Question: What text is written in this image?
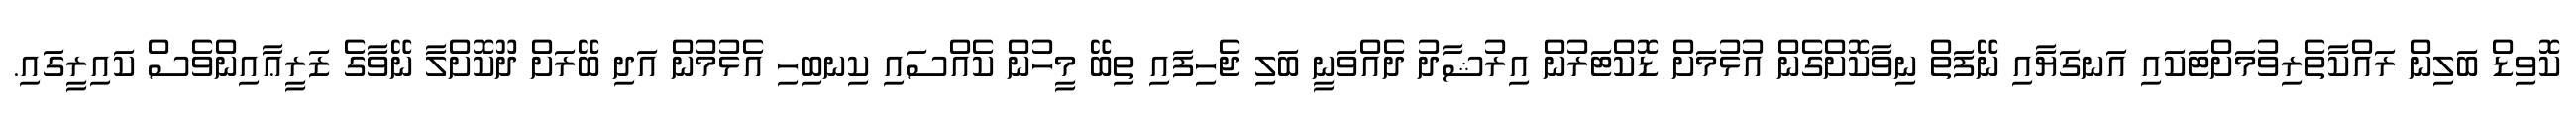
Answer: ކޮވިޑް ބަލިން ރައްކާތެރިވުމަށްޓަކައި އަނގަޔާއި ނޭފަތް ނިވާކޮށްގެން އުޅުމަށް ޑޮކްޓަރުން އިރުޝާދު ދެއްވަނީ ބަލި ޖެހިފައި ތިބޭ މީހުން ކެއްސައި ކިނބިހި އެޅުމުން އަދި ބޭރަށް ދޫކޮށްލާ ނޭވާގެ ޒަރީޢާއިންވެސް ކައިރީގައި.